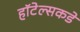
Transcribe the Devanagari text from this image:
हॉटेल्सकडे